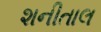
શનીતાલ